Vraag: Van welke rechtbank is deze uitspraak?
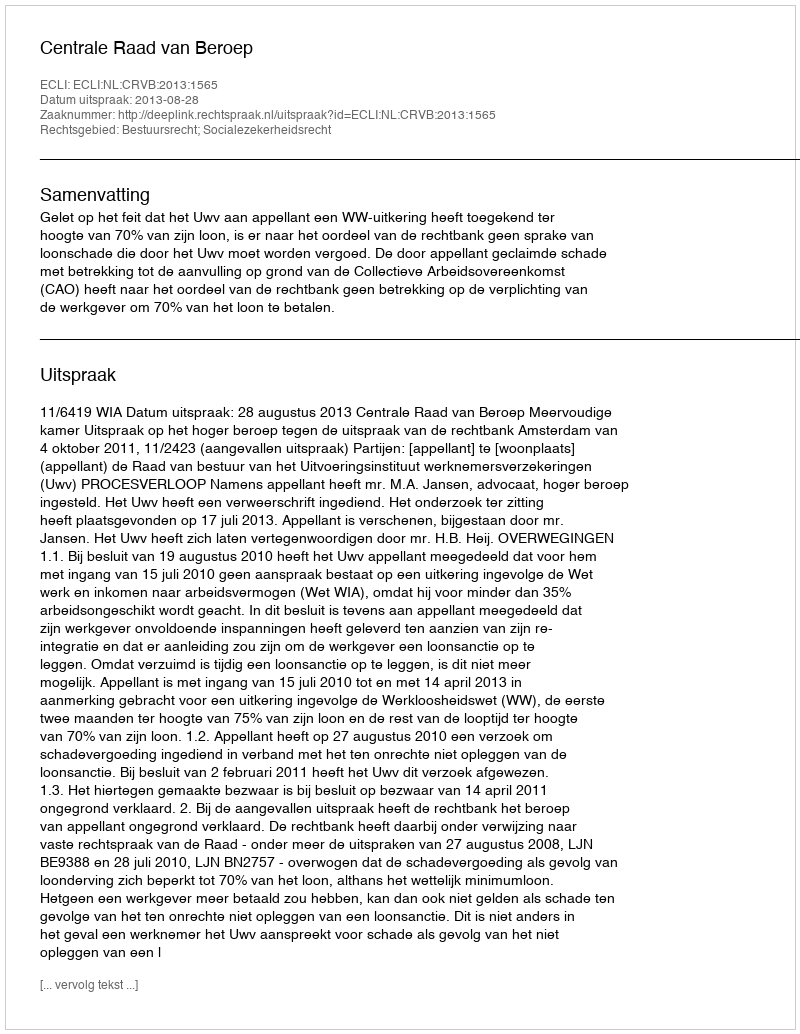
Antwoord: Centrale Raad van Beroep